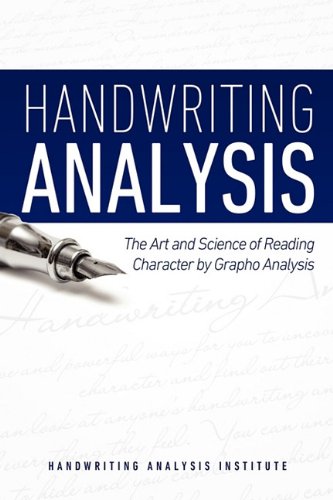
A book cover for Handwriting Analysis - The Art and Science of Reading Character by Grapho Analysis; M N Bunker; Self-Help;